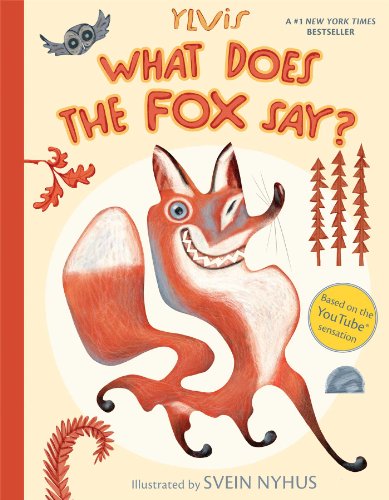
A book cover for What Does the Fox Say?; Ylvis; Children's Books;